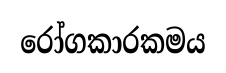
රෝගකාරකමය